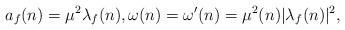
LaTeX: \begin{align*}a_f(n)=\mu^2\lambda_f(n),\omega(n)=\omega'(n)=\mu^2(n)|\lambda_f(n)|^2,\end{align*}